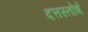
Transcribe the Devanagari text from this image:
दत्तस्तोत्रे